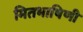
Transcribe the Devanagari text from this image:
मितभाषिणी